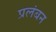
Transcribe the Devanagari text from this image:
प्रलंबन